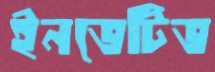
ইনভেটিভ